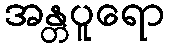
အန္တပူရော